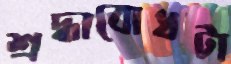
শ্রদ্ধাবোধটা